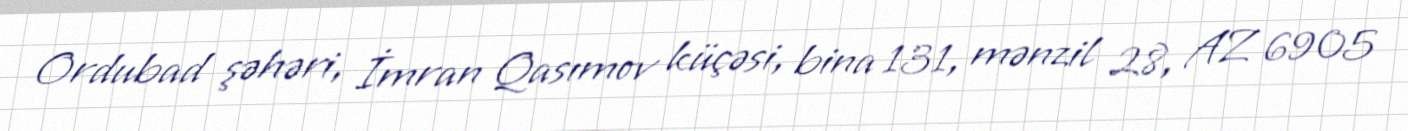
Ordubad şəhəri, İmran Qasımov küçəsi, bina 131, mənzil 28, AZ 6905